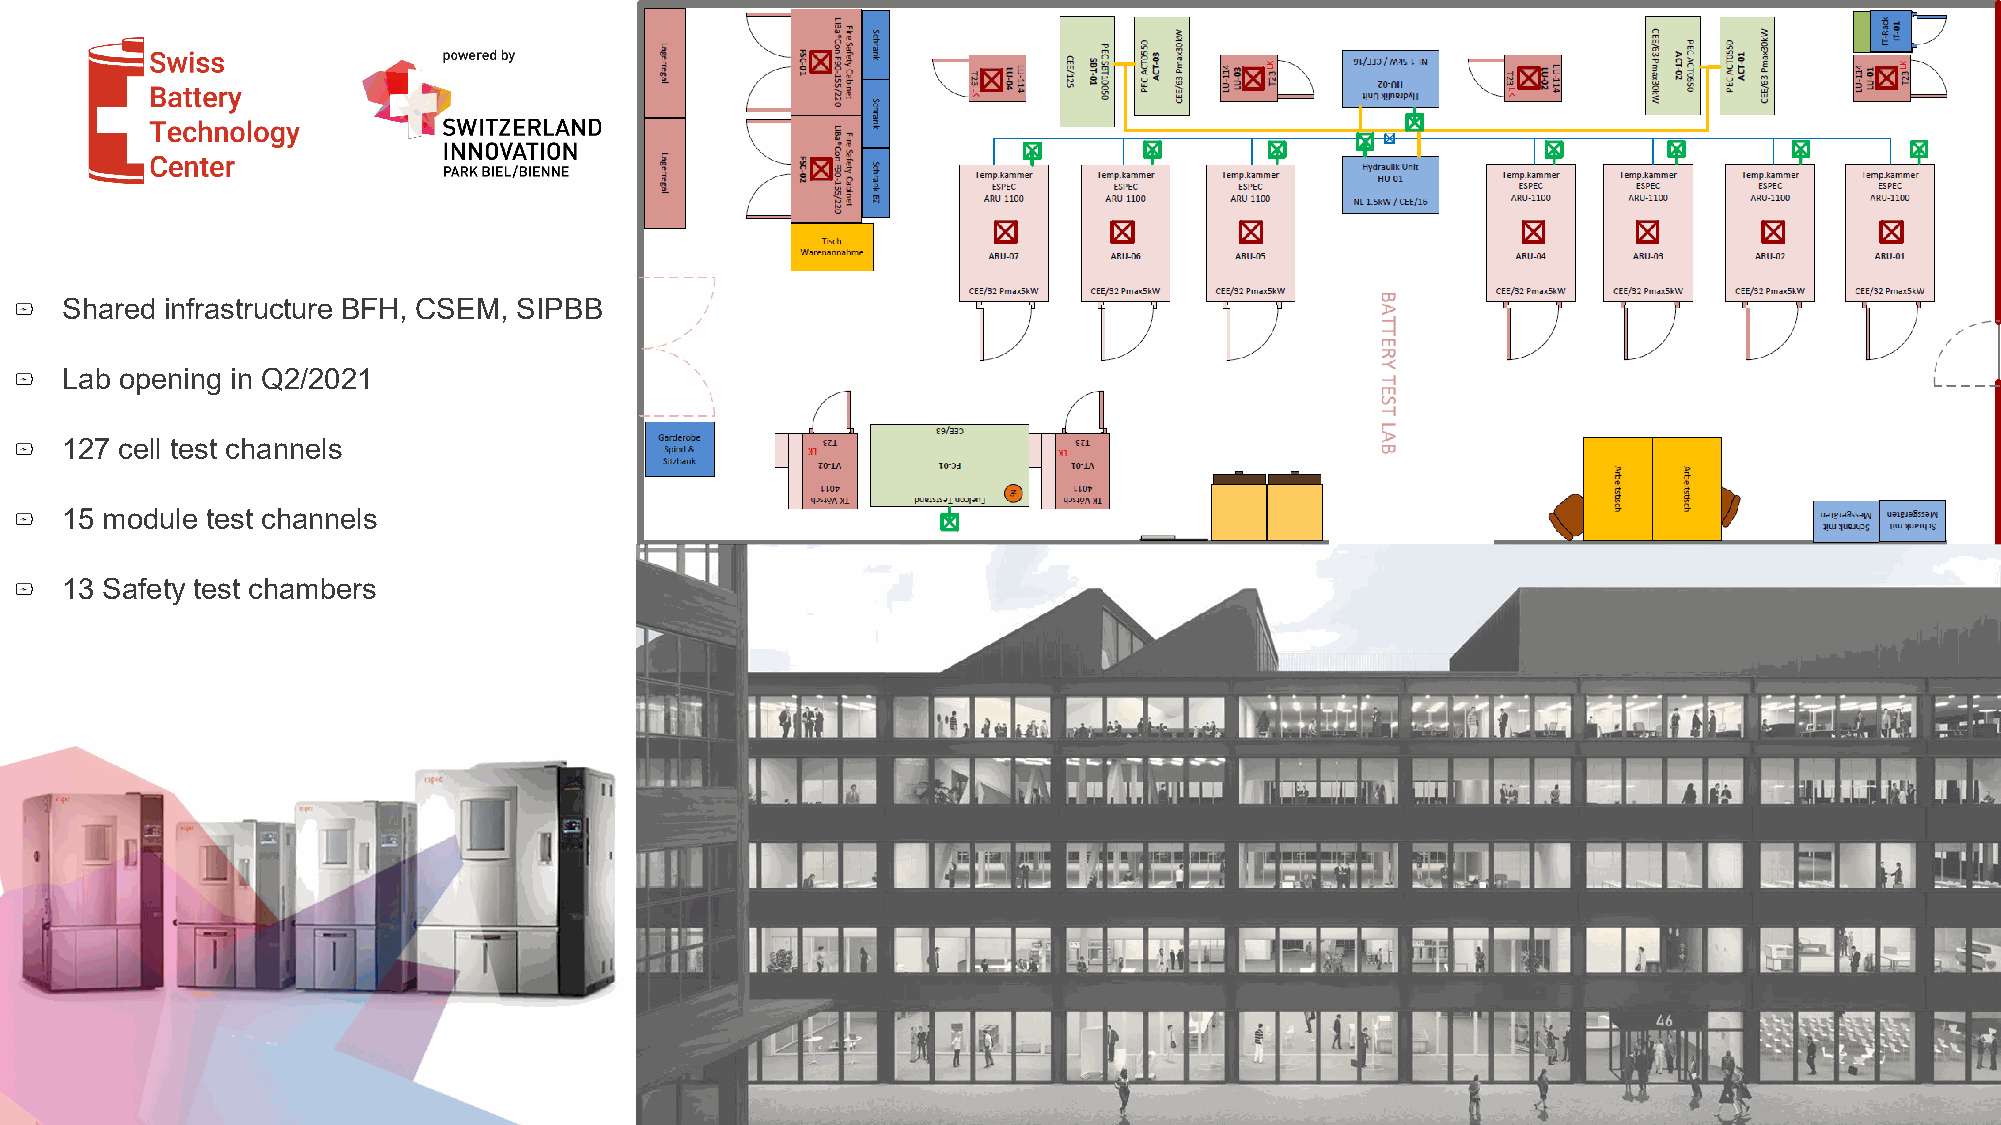
Shared infrastructure BFH, CSEM, SIPBB
 Lab opening in Q2/2021
 127 cell test channels
 15 module test channels
 13 Safety test chambers
 Seite 21
 Copyright 2020 iBAT | Page 21                      www.ibat.swiss●info@ibat.swiss